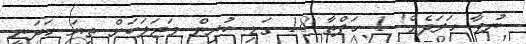
ނުވާ ހަރަދެއް! 1 ހަފްތާ 18 ގަޑި ކުރިން މަޖަލަކަށް ތިޔަ ހަދަނީ